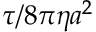
\tau / 8 \pi \eta a ^ { 2 }